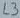
Text: L3